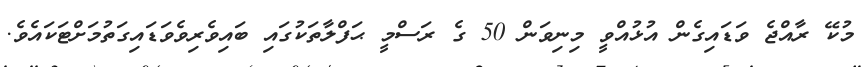
މުކޭ ރާއްޖެ ވަޑައިގެން އުޅުއްވީ މިނިވަން 50 ގެ ރަސްމީ ޙަފްލާތަކުގައި ބައިވެރިވެވަޑައިގަތުމަށްޓަކައެވެ.